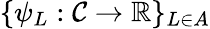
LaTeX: \{ \psi_{L}:\mathcal{C}\to\mathbb{R}\} _{L\in A}